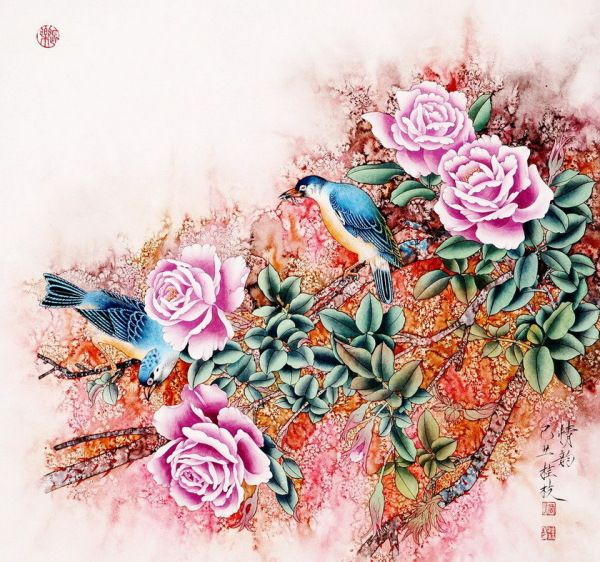
花开红树乱莺啼，草长平湖白鹭飞。